Vaccination in Bombay 1913-1923 - 1913-1923
Year: 1913
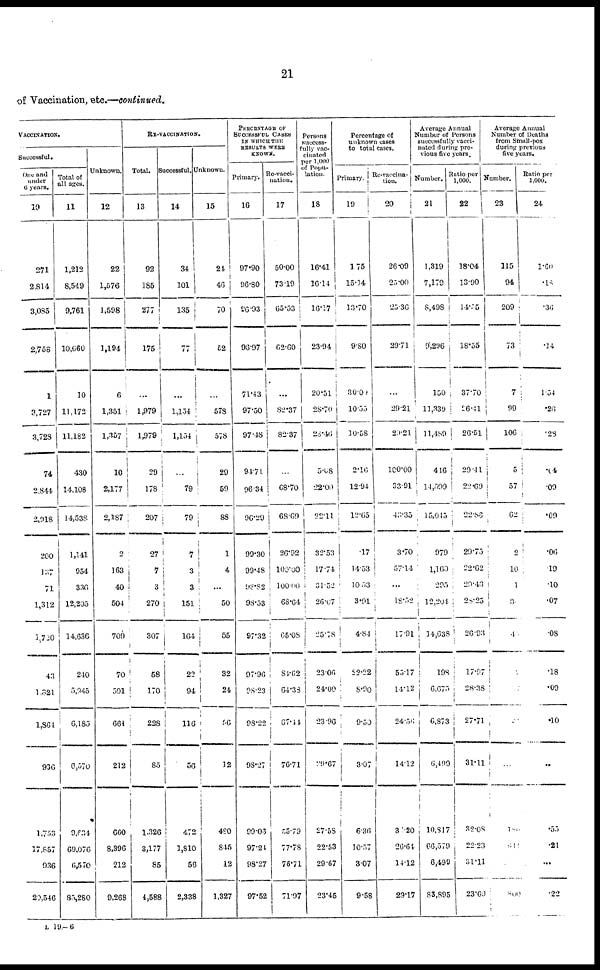
21
of Vaccination, etc.—continued.
VACCINATION.
Successful.
One and
under
6 years.
10
271
2,814
3,085
2,758
1
3,727
3,728
74
2,844
2,918
200
137
71
1,312
1,720
43
1,821
1,864
936
1,753
17,857
936
20,546
Total of
all ages.
11
1,212
8,549
9,761
10,660
10
11,172
11,182
430
14,108
14,538
1,141
954
336
12,205
14,636
240
5,945
6,185
6,570
9,634
69,076
6,570
85,280
Unknown.
12
22
1,576
1,598
1,194
6
1,351
1,357
10
2,177
2,187
2
163
40
504
709
70
591
661
212
660
8,396
212
9,268
RE-VACCINATION.
Total.
13
92
185
277
175
...
1,979
1,979
29
178
207
27
7
3
270
307
58
170
228
85
1,326
3,177
85
4,588
Successful.
14
34
101
135
77
...
1,154
1,154
...
79
79
7
3
3
151
164
22
94
116
56
472
1,810
56
2,338
Unknown.
15
24
46
70
52
...
578
578
29
59
88
1
4
...
50
55
32
24
96
12
480
845
12
1,327
PERCENTAGE OF
SUCCESSFUL CASES
IN WHICH THE
RESULTS WERE
KNOWN.
Primary.
16
97.90
96.80
96.93
96.97
71.43
97.50
97.48
94.71
96.34
96.29
99.30
99.48
98.82
98.53
97.32
97.96
98.23
98.22
98.27
99.06
97.24
98.27
97.52
Re-vacci-
nation.
17
50.00
73.19
65.53
62.60
...
82.37
82.37
...
68.70
68.69
26.92
100.00
100.00
68.64
65.08
84.62
64.33
67.44
76.71
55.79
77.78
76.71
71.97
Persons
success-
fully vac-
cinated
per 1,000
of Popu-
lation.
18
16.41
16.14
16.17
23.94
20.51
28.70
28.46
5.08
22.00
22.11
32.53
17.74
31.52
26.07
25.78
23.06
24.00
23.96
29.67
27.58
22.53
29.67
23.45
Percentage of
unknown cases
to total cases.
Primary.
19
1.75
15.14
13.70
9.80
30.00
10.55
10.58
2.16
12.94
12.65
.17
14.53
10.53
3.91
4.84
22.22
8.90
9.50
3.07
6.36
10.57
3.07
9.58
Re-vaccina-
tion.
20
26.09
25.00
25.36
29.71
...
29.21
29.21
100.00
33.91
43.35
3.70
57.14
...
18.52
17.91
55.17
14.12
24.56
14.12
3.120
26.64
14.12
29.17
Average Annual
Number of Persons
successfully vacci-
nated during pre-
vious five years.
Number.
21
1,319
7,179
8,498
9,296
150
11,339
11,489
416
14,599
15,045
979
1,160
295
12,204
14,638
198
6,675
6,873
6,499
10,817
66,579
6,499
83,895
Ratio per
1,000.
22
18.04
13.90
14.75
18.55
37.70
26.41
26.51
29.41
22.69
22.86
29.75
22.62
29.43
28.25
26.93
17.97
28.38
27.71
31.11
32.08
22.23
31.11
23.69
Average Annual
Number of Deaths
from Small-pox
during previous
five years.
Number.
23
115
94
209
73
7
99
106
5
57
62
2
10
1
3
4
...
...
...
...
188
311
...
800
Ratio per
1,000.
24
1.60
.18
.36
.14
1.54
.26
.28
.04
.00
.09
.06
.19
.10
.07
.08
.18
.09
.10
...
.55
.21
...
.22
L 19—6